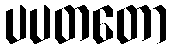
ပပတတော